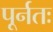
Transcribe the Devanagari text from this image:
पूर्नतः